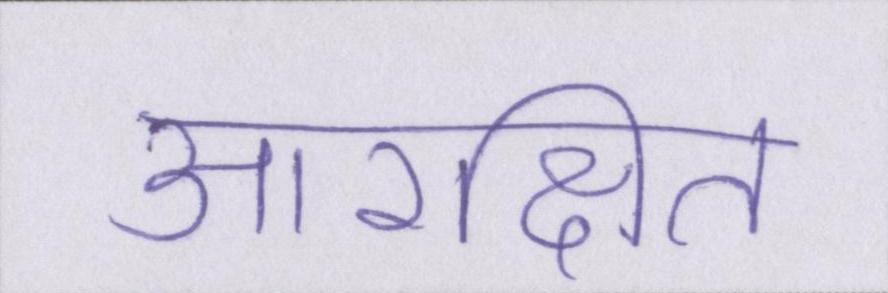
आरक्षित